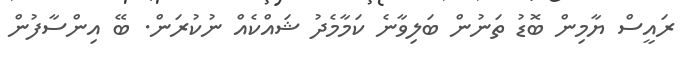
ރައީސް ޔާމިން ބޮޑު ތަނުން ބަލިވާނެ ކަމާމެދު ޝައްކެއް ނުކުރަން. ބޭ އިންސާފުން